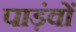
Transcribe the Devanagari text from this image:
पाड़ंवों